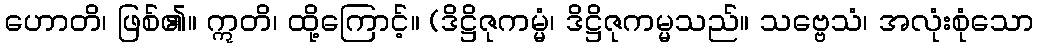
ဟောတိ၊ ဖြစ်၏။ ဣတိ၊ ထို့ကြောင့်။ (ဒိဋ္ဌိဇုကမ္မံ၊ ဒိဋ္ဌိဇုကမ္မသည်။ သဗ္ဗေသံ၊ အလုံးစုံသော